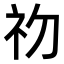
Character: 𭃡